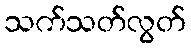
သက်သတ်လွတ်